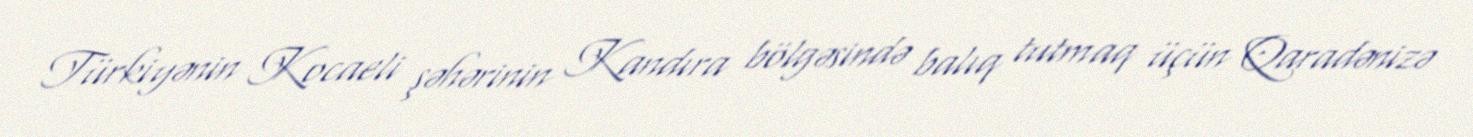
Türkiyənin Kocaeli şəhərinin Kandıra bölgəsində balıq tutmaq üçün Qaradənizə